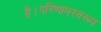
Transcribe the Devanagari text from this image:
है।परिणामस्वरूप